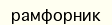
рамфорник